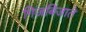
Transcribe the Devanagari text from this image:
गिजबिजाते